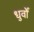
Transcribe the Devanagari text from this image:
धुर्वों